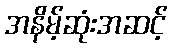
အနိမ့်ဆုံးအဆင့်